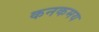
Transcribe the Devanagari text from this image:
कनकमय